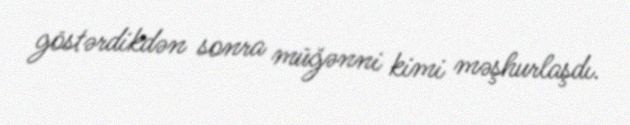
göstərdikdən sonra müğənni kimi məşhurlaşdı.